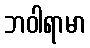
ဘဝါရာမာ